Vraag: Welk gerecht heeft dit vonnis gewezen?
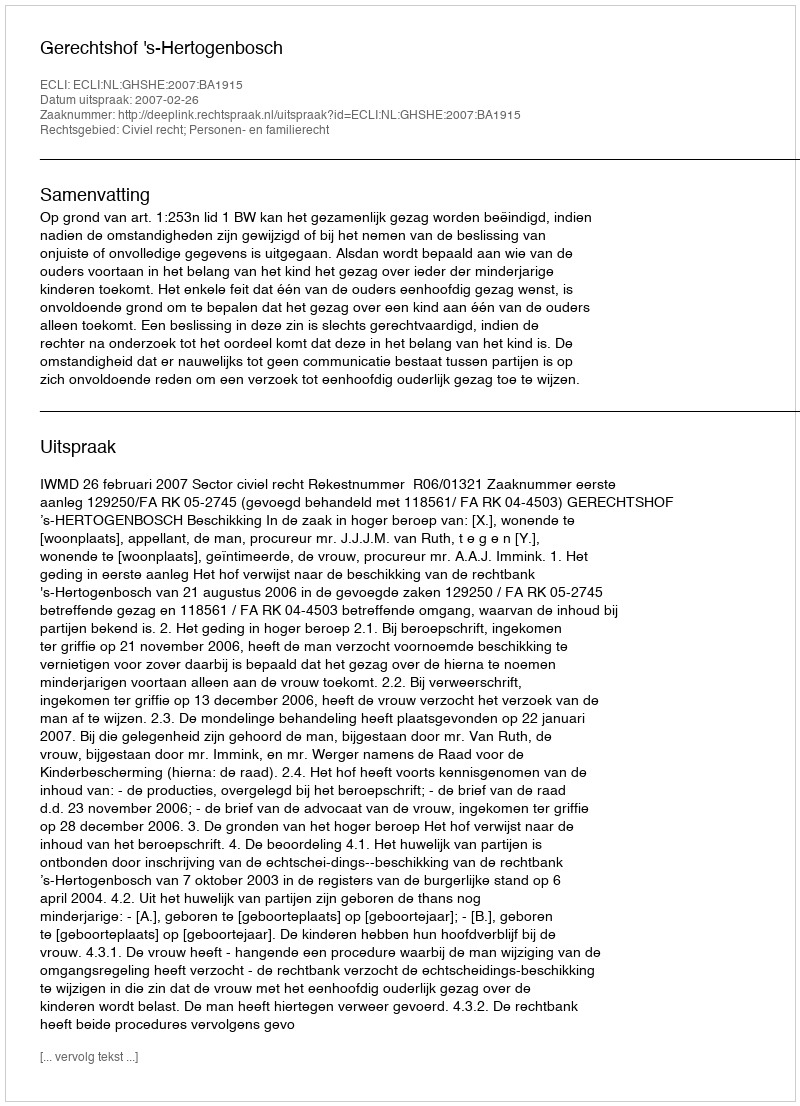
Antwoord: Gerechtshof 's-Hertogenbosch